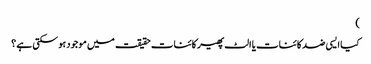
)
کیا ایسی ضد کائنات یا الٹ پھیر کائنات حقیقت میں موجود ہو سکتی ہے ؟